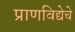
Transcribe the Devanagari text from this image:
प्राणविद्येचे